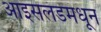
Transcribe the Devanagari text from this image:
आइसलंडमधून